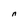
Character: n